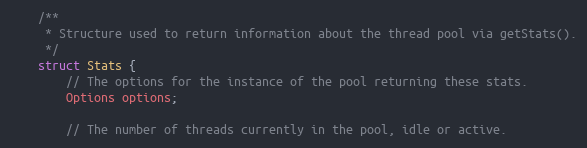
Language: C
    /**
     * Structure used to return information about the thread pool via getStats().
     */
    struct Stats {
        // The options for the instance of the pool returning these stats.
        Options options;

        // The number of threads currently in the pool, idle or active.